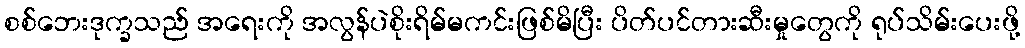
စစ်ဘေးဒုက္ခသည် အရေးကို အလွန်ပဲစိုးရိမ်မကင်းဖြစ်မိပြီး ပိတ်ပင်တားဆီးမှုတွေကို ရုပ်သိမ်းပေးဖို့